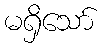
မရှိသော်